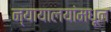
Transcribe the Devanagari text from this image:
न्यायालयांमधून